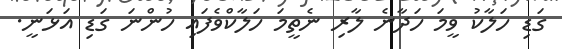
ގަޑި ހަލާކު ވީމަ ހަދާނެ ލާރި ނެތީމަ ހަލާކްވެފައި ހުންނަ ގަޑި އަޅަނީ.